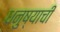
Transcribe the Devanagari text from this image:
धनुष्याची